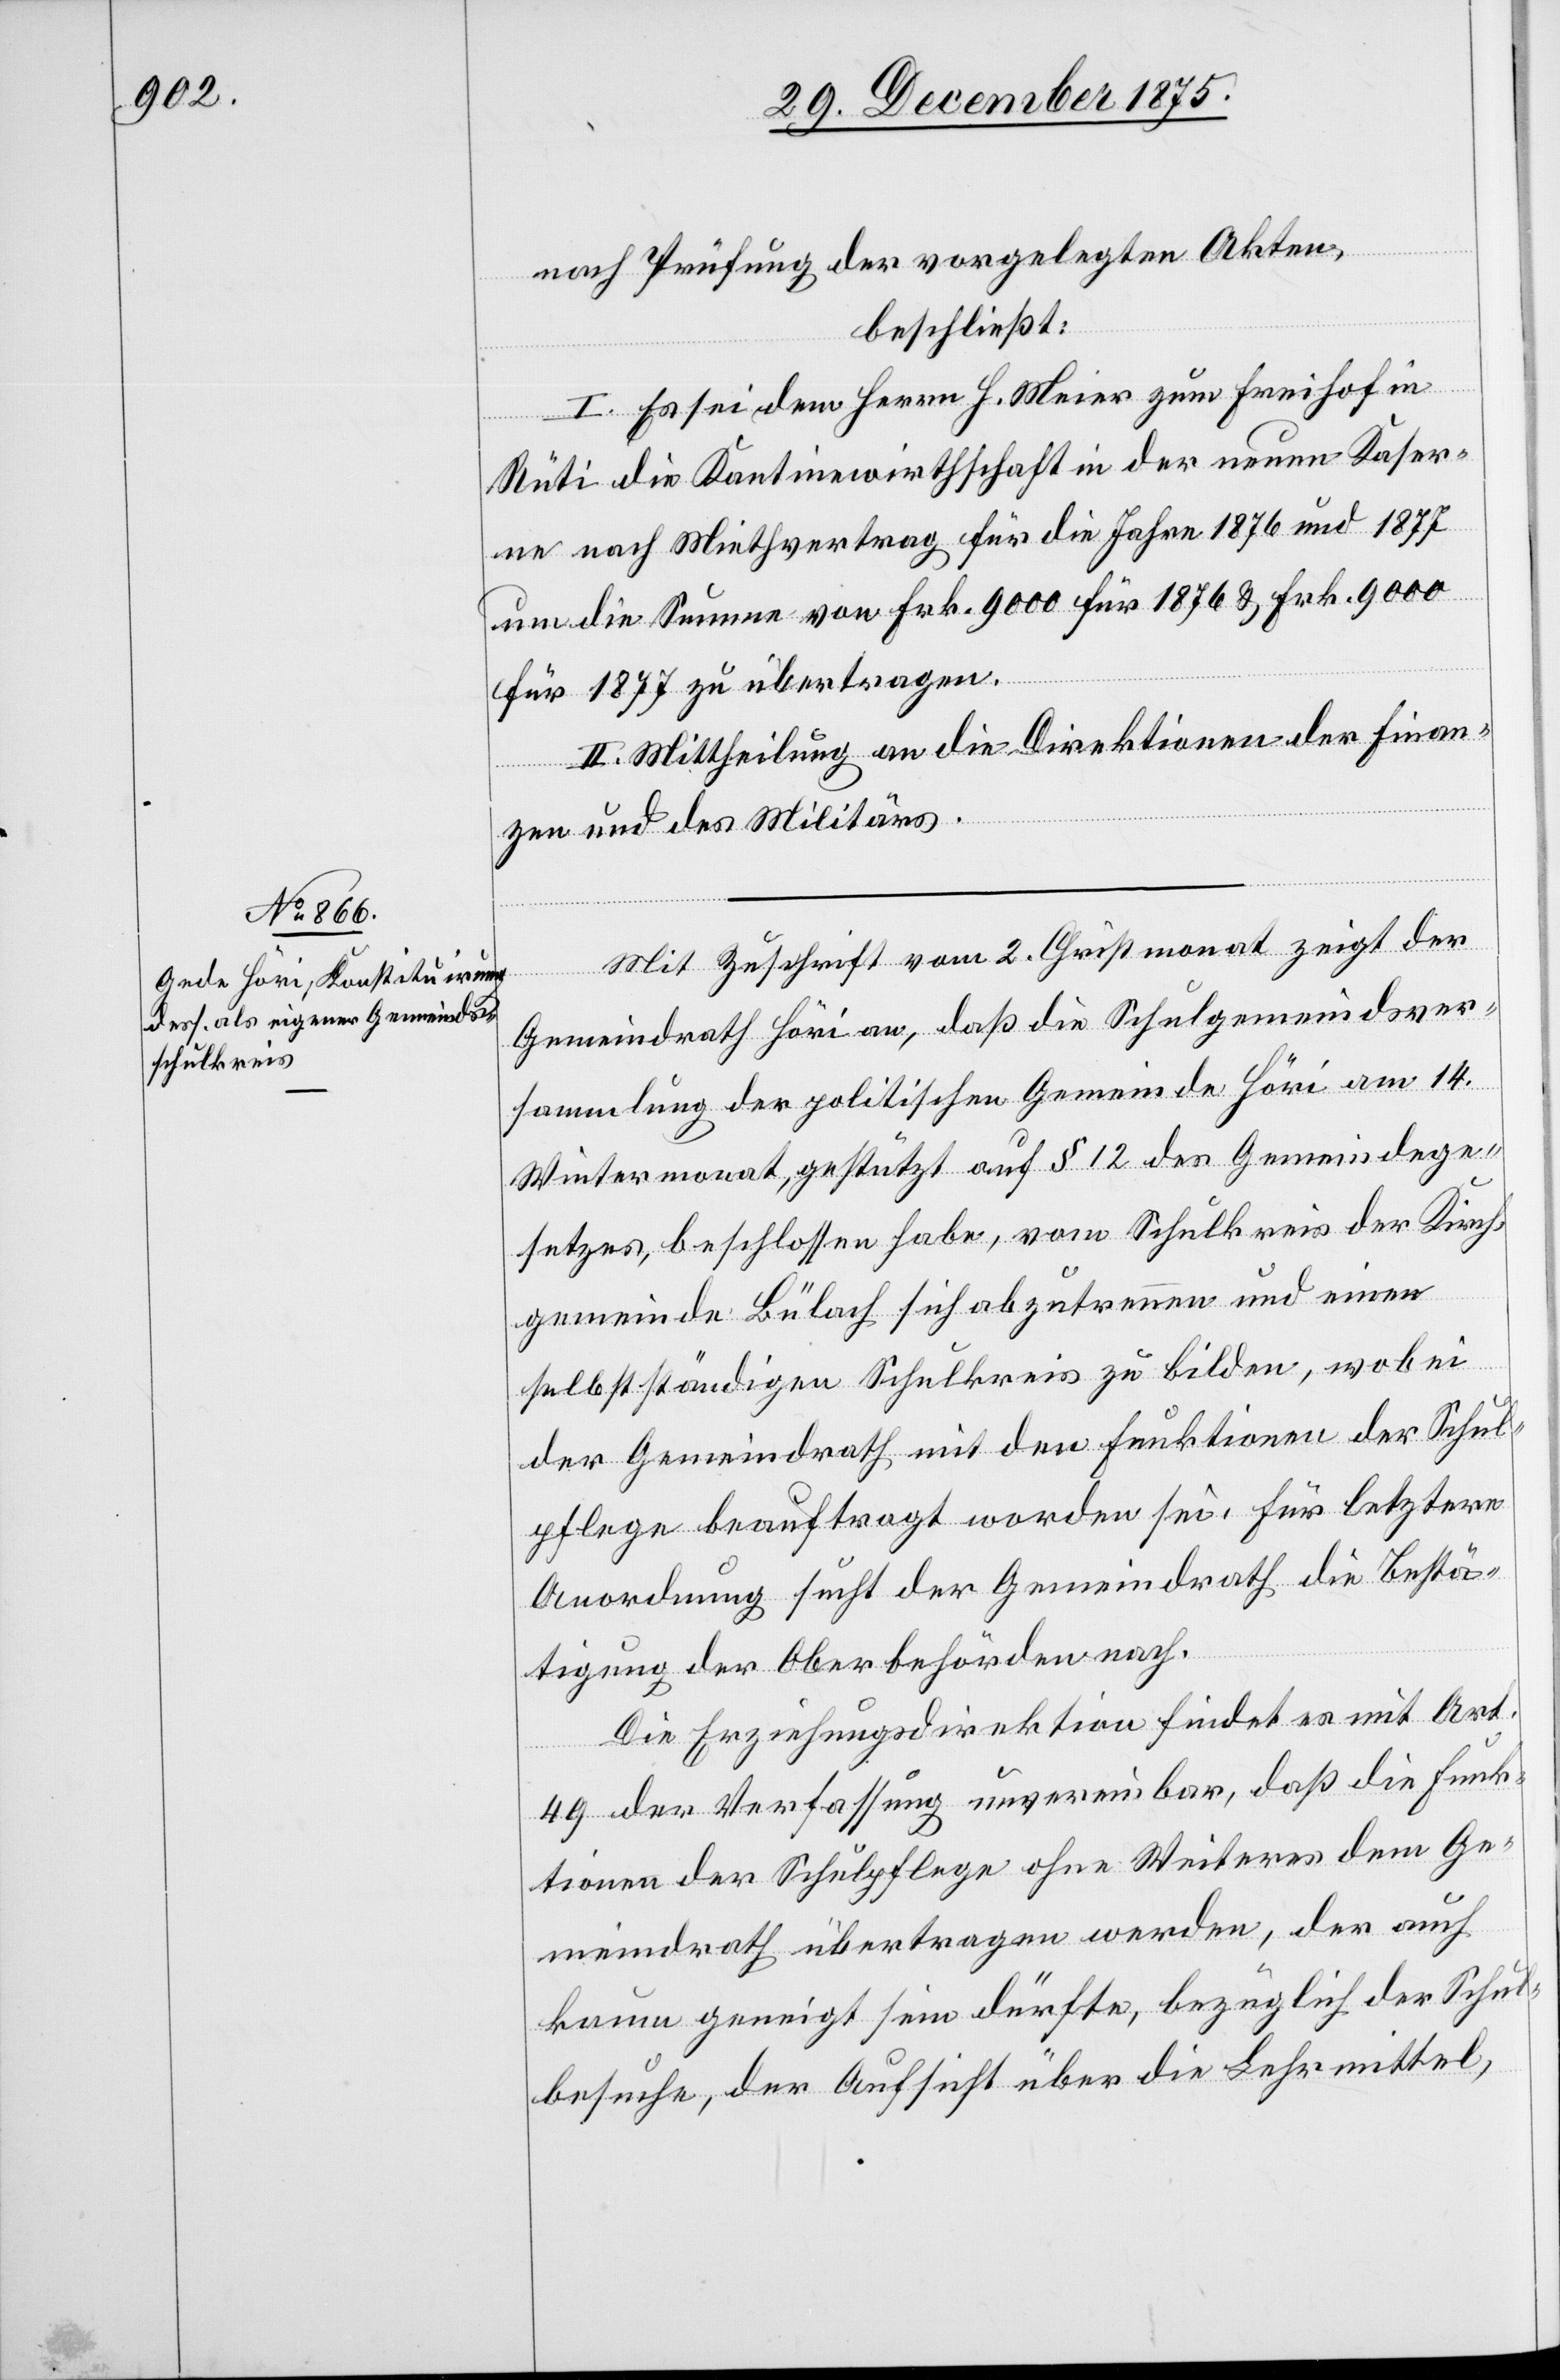
nach Prüfung der vorgelegten Akten,
beschließt:
I. Es sei dem Herrn H. Meier zum Freihof in
Rüti die Kantinewirthschaft in der neuen Kaser¬
ne nach Miethvertrag für die Jahre 1876 und 1877
um die Summe von Frk. 9000 für 1876 & Frk. 9000
für 1877 zu übertragen.
II. Mittheilung an die Direktionen der Finan¬
zen und des Militärs.
Mit Zuschrift vom 2. Christmonat zeigt der
Gemeindrath Höri an, daß die Schulgemeindsver¬
sammlung der politischen Gemeinde Höri am 14.
Wintermonat, gestützt auf § 12 des Gemeindege¬
setzes, beschlossen habe, vom Schulkreis der Kirch¬
gemeinde Bülach sich abzutrennen und einen
selbstständigen Schulkreis zu bilden, wobei
der Gemeindrath mit den Funktionen der Schul¬
pflege beauftragt worden sei, für letztere
Anordnung sucht der Gemeindrath die Bestä¬
tigung der Oberbehörden nach.
Die Erziehungsdirektion findet es mit Art.
49 der Verfassung unvereinbar, daß die Funk¬
tionen der Schulpflege ohne Weiteres dem Ge¬
meindrath übertragen werden, der auch
kaum geneigt sein dürfte, bezüglich der Schul¬
besuche, der Aufsicht über die Lehrmittel,